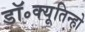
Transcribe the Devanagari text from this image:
डॉ॰क्यूतिन्हो